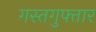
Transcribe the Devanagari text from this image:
गस्तगुफ्तार